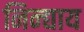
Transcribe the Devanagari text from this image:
निन्द्याय